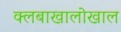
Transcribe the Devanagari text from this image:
क्लबाखालोखाल